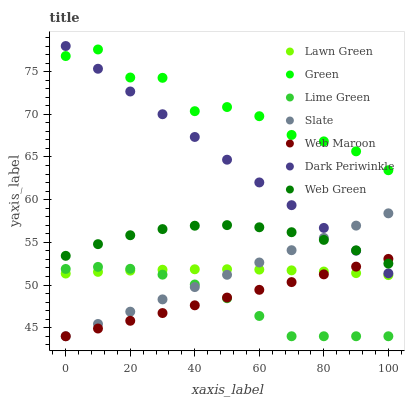
| xaxis_label | Lawn Green | Green | Lime Green | Slate | Web Maroon | Dark Periwinkle | Web Green |
 | --- | --- | --- | --- | --- | --- | --- | --- |
 | 0 | 51.3 | 76.8 | 51.9 | 44 | 44 | 78 | 53.4 |
 | 10 | 51.5 | 77.6 | 52.1 | 45.4 | 44.9 | 75.3 | 54.8 |
 | 20 | 51.7 | 74.3 | 51.9 | 46.9 | 45.8 | 72.7 | 55.8 |
 | 30 | 51.8 | 74.3 | 51.2 | 48.3 | 46.7 | 70 | 56.6 |
 | 40 | 51.8 | 70.4 | 50.1 | 49.8 | 47.6 | 67.3 | 56.9 |
 | 50 | 51.9 | 70.9 | 48.5 | 51.2 | 48.5 | 64.7 | 57 |
 | 60 | 51.8 | 69.8 | 46.4 | 52.6 | 49.4 | 62 | 56.8 |
 | 70 | 51.7 | 67.6 | 44 | 54.1 | 50.3 | 59.4 | 56.2 |
 | 80 | 51.6 | 66.8 | 44 | 55.5 | 51.2 | 56.7 | 55.3 |
 | 90 | 51.4 | 65.7 | 44 | 57 | 52.2 | 54 | 54.1 |
 | 100 | 51.2 | 63.4 | 44 | 58.4 | 53.1 | 51.4 | 52.5 |